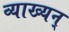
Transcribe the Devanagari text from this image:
व्याख्यन्